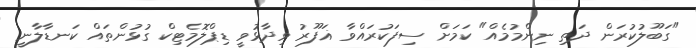
"ގަބޫލުކުރަން ދަތި ނިންމުމެއް" ކަމަށް ސިފަކުރައްވާ ޣަފޫރު ވިދާޅުވީ ޑިޕްލޮމެޓިކް ގުޅުންތައް ކަނޑާލާނީ